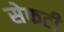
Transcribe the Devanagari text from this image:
सेफटी